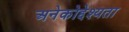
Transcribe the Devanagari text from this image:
अनेकोद्देश्यता